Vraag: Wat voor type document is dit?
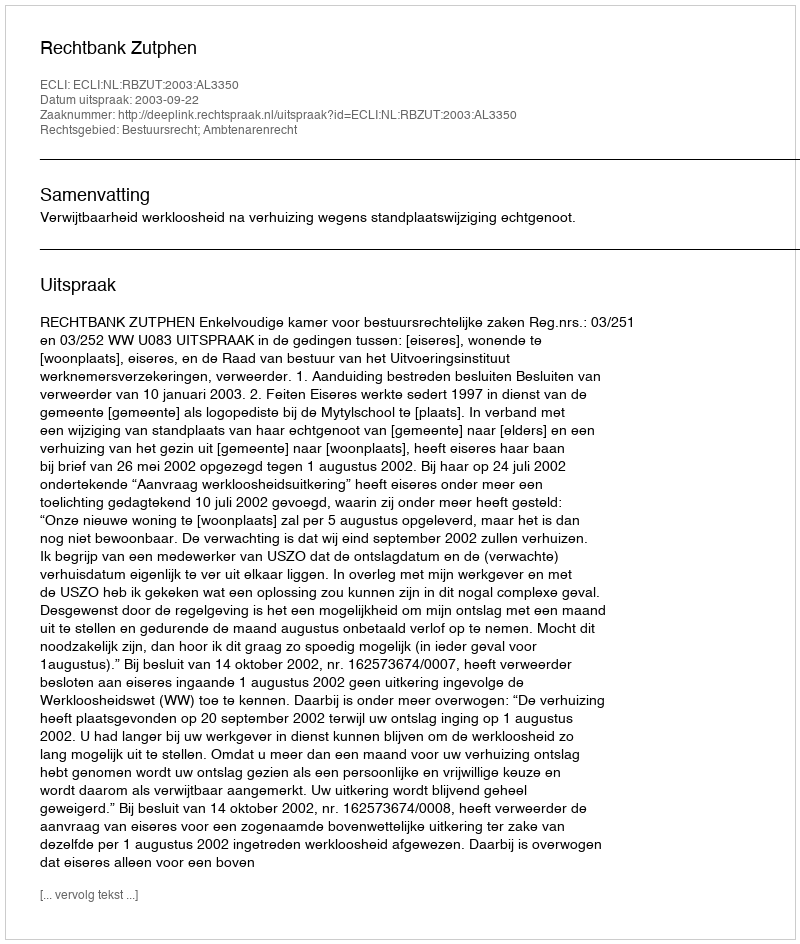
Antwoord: Uitspraak